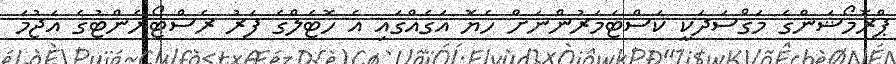
ޕްރޮމޯޝަންގެ މަޤްސަދަކީ ކަސްޓަމަރުންނަށް ހެޔޮ އަގެއްގައި އެ ހޮޓެލްގެ ފަރު ރެސްޓޯރެންޓުގެ އަޖުމަ